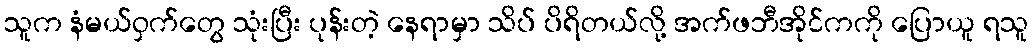
သူက နံမယ်ဝှက်တွေ သုံးပြီး ပုန်းတဲ့ နေရာမှာ သိပ် ပိရိတယ်လို့ အက်ဖဘီအိုင်ကကို ပြောယူ ရသူ